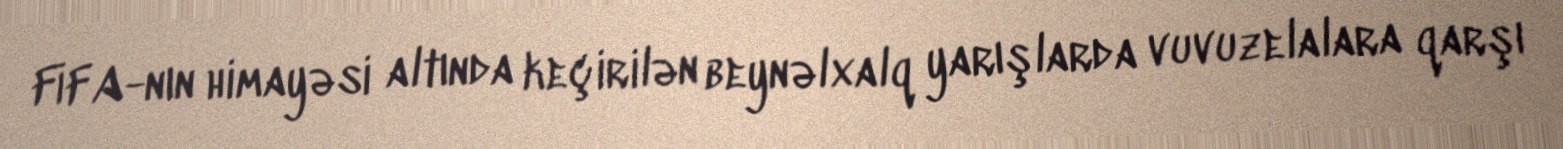
FİFA-nın himayəsi altında keçirilən beynəlxalq yarışlarda vuvuzelalara qarşı